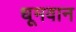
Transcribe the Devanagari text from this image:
धूमवान